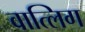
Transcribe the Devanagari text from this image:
वात्लिग